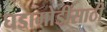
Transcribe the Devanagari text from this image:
घडामोडींसाठी